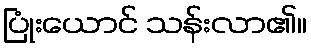
ပြုံးယောင် သန်းလာ၏။